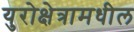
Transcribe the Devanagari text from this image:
युरोक्षेत्रामधील